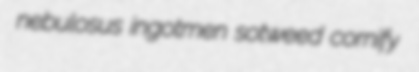
nebulosus ingotmen sotweed cornify